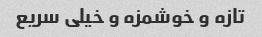
تازه و خوشمزه و خیلی سریع